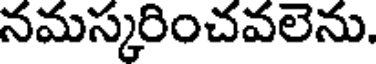
నమస్కరించవలెను.